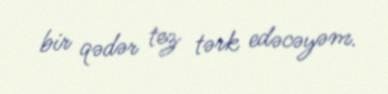
bir qədər tez tərk edəcəyəm.